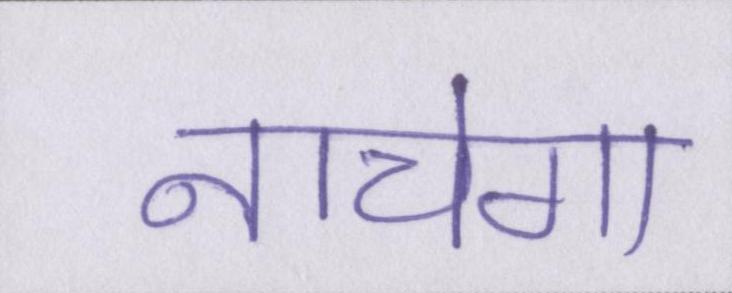
नाचेगा